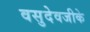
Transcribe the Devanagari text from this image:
वसुदेवजीके